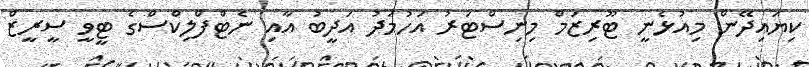
ކިޔައިދޭން މިއުޅެނީ ޓޫރިޒަމް މިނިސްޓަރު އަހުމަދު އަދީބު އާއި ނެޓްފްލިކްސްގެ ޓީވީ ސީރީޒް